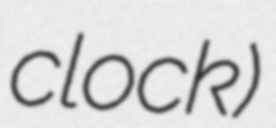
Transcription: clock)